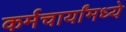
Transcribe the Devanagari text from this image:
कर्मचार्यांमध्ये